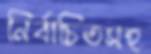
নির্বাচিতসহ